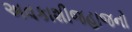
અવકાશીજહાજનો